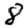
Digit: 8